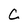
Character: C